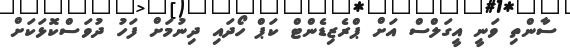
ސާންތި ވަނީ އީގަލްސް އަށް ޕްރެޒިޑެންޓް ކަޕް ހޯދައި ދިނުމަށް ފަހު ދުވަސްކޮޅަކަށް